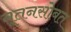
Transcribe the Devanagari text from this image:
नूतनसोबत